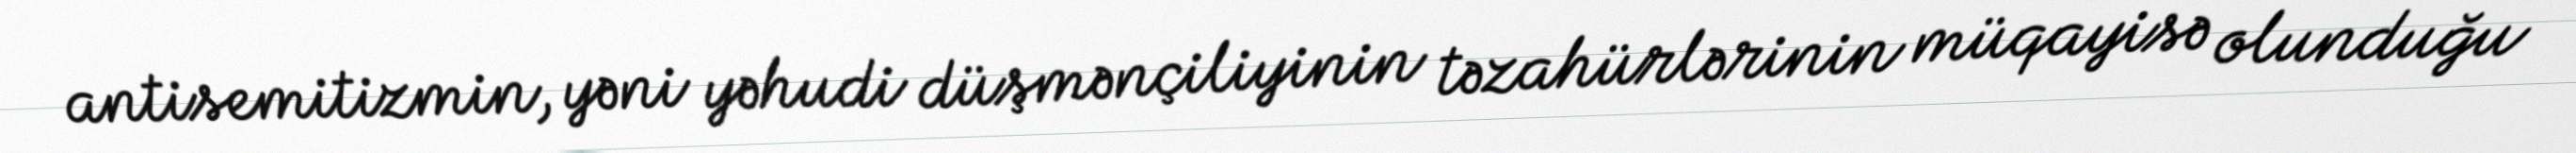
antisemitizmin, yəni yəhudi düşmənçiliyinin təzahürlərinin müqayisə olunduğu